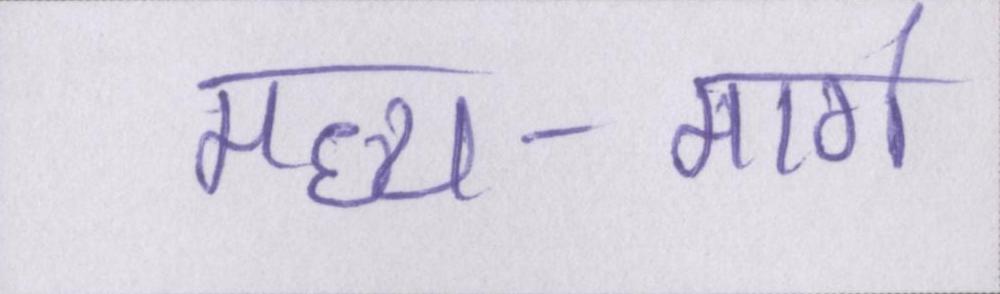
मध्य-मार्ग